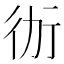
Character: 𭄤